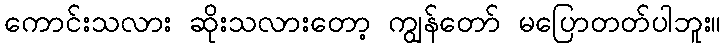
ကောင်းသလား ဆိုးသလားတော့ ကျွန်တော် မပြောတတ်ပါဘူး။